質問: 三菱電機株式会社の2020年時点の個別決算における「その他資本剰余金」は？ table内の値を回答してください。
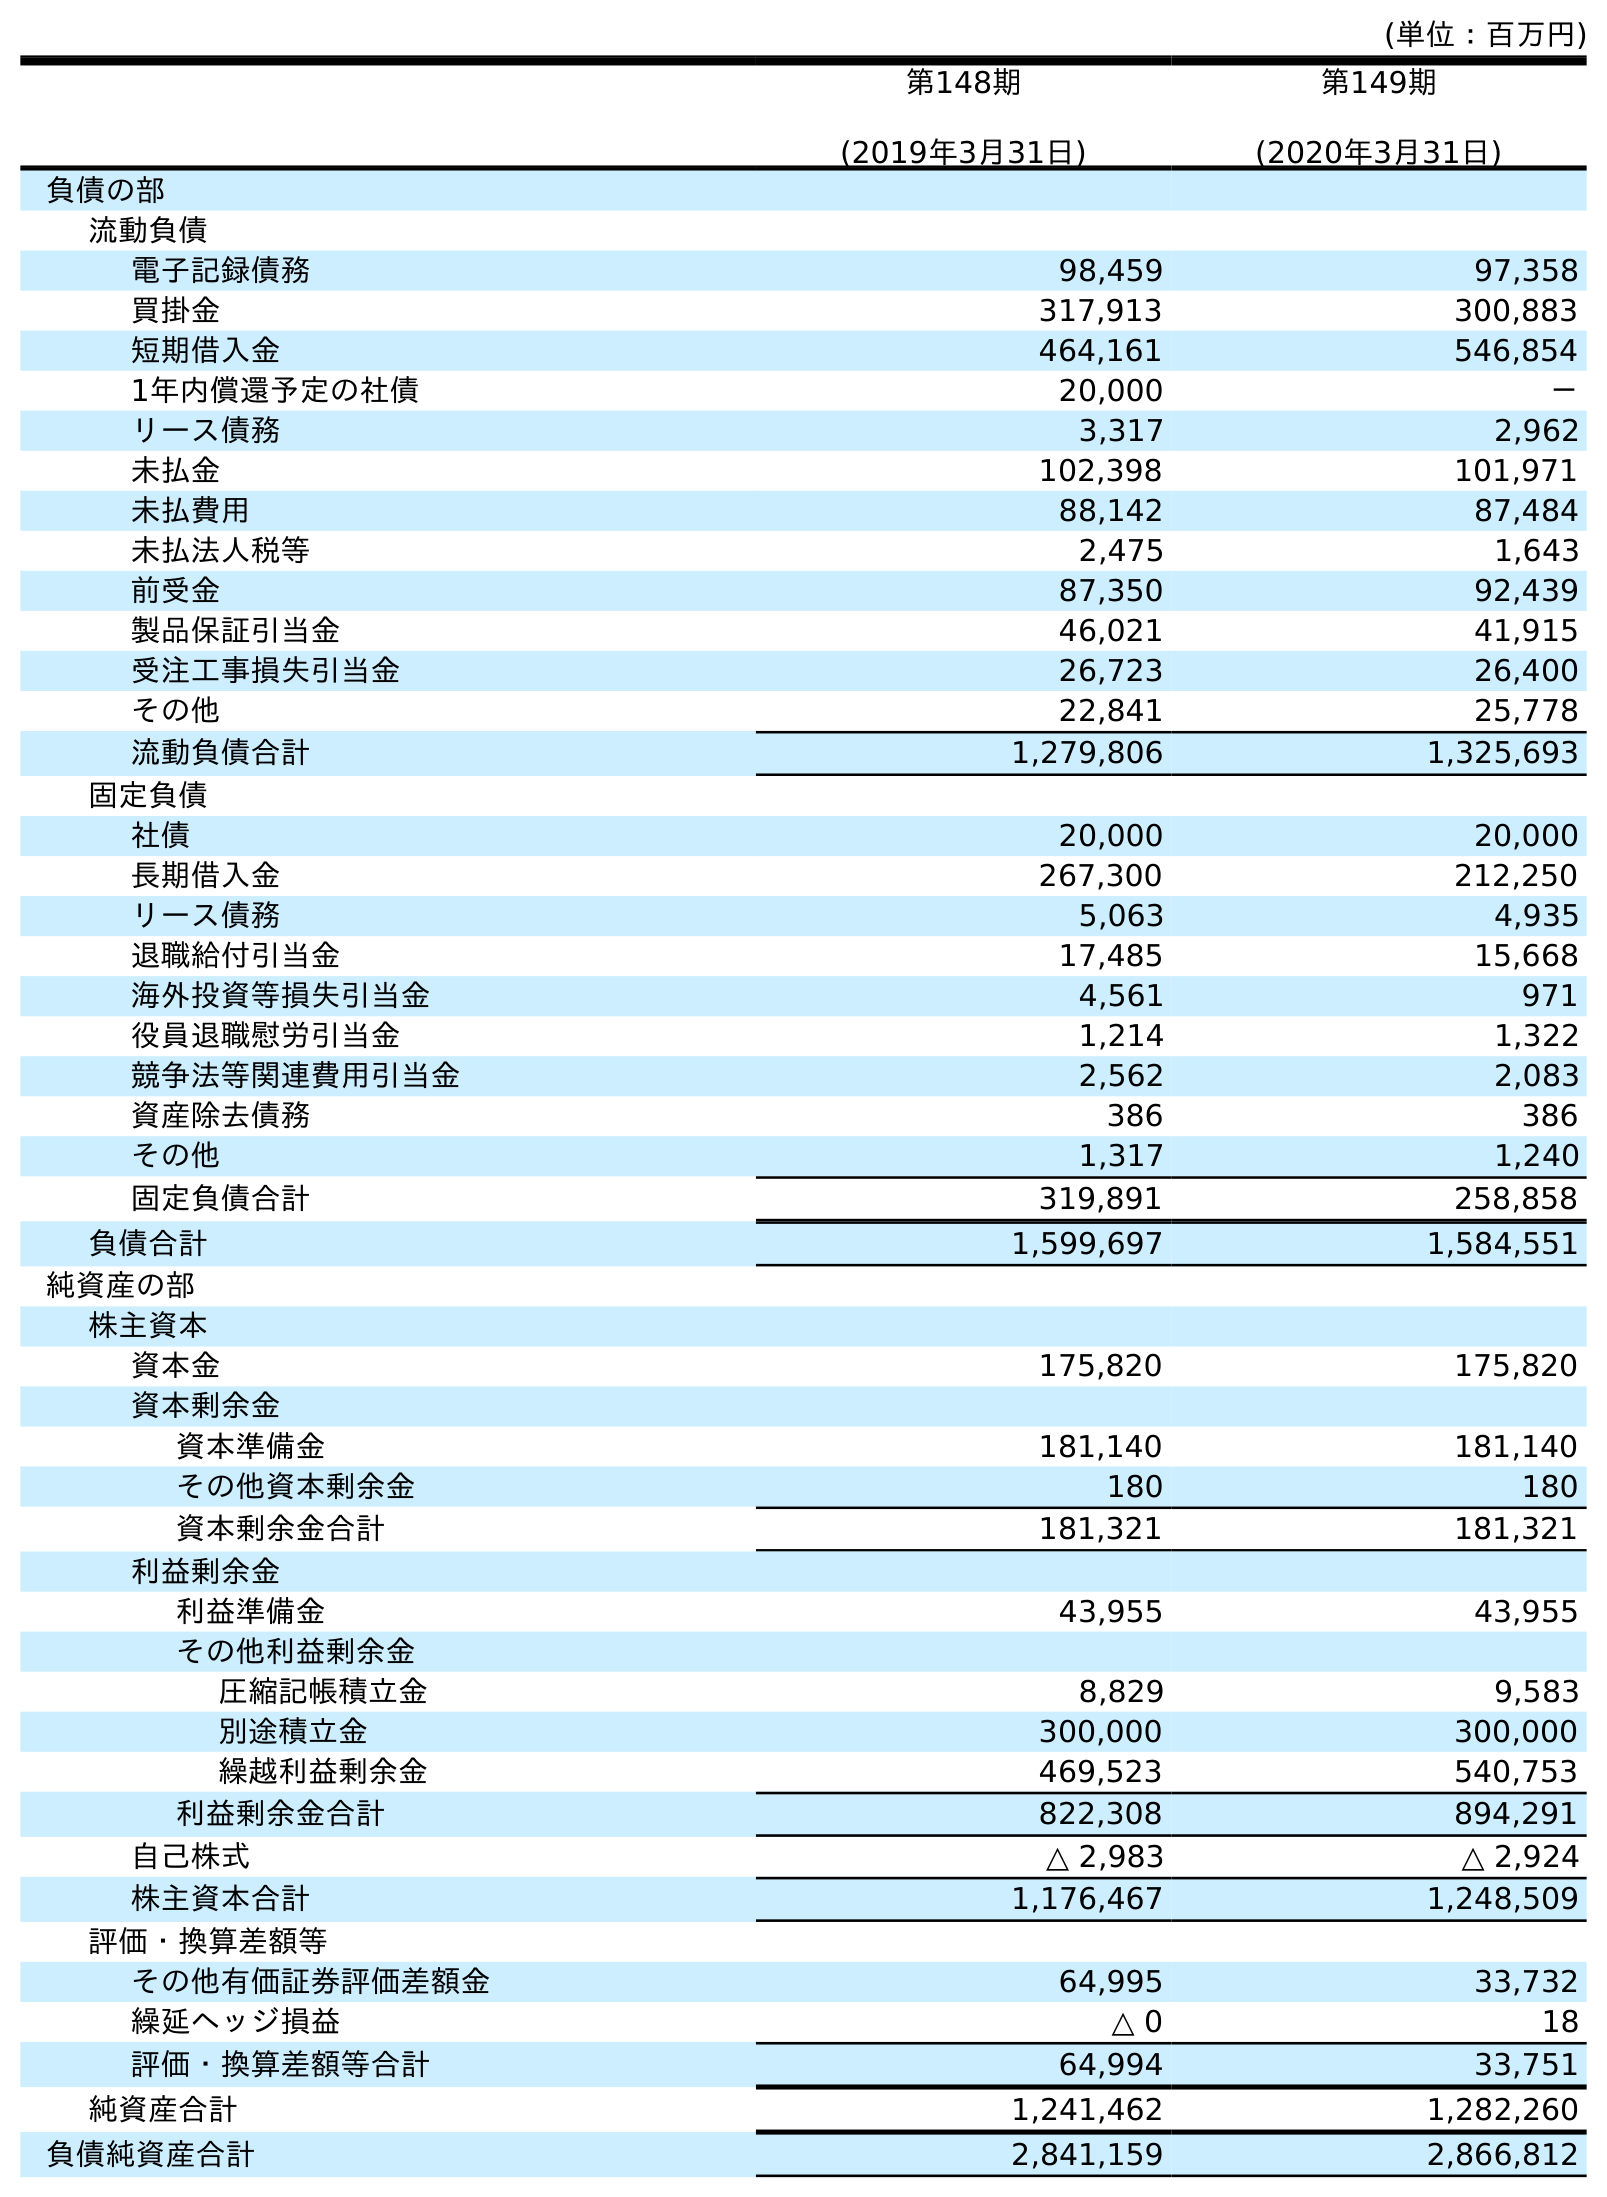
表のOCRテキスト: (単位：百万円) 第148期 (2019年3月31日) 第149期 (2020年3月31日) 負債の部 流動負債 電子記録債務 98,459 97,358 買掛金 317,913 300,883 短期借入金 464,161 546,854 1年内償還予定の社債 20,000 － リース債務 3,317 2,962 未払金 102,398 101,971 未払費用 88,142 87,484 未払法人税等 2,475 1,643 前受金 87,350 92,439 製品保証引当金 46,021 41,915 受注工事損失引当金 26,723 26,400 その他 22,841 25,778 流動負債合計 1,279,806 1,325,693 固定負債 社債 20,000 20,000 長期借入金 267,300 212,250 リース債務 5,063 4,935 退職給付引当金 17,485 15,668 海外投資等損失引当金 4,561 971 役員退職慰労引当金 1,214 1,322 競争法等関連費用引当金 2,562 2,083 資産除去債務 386 386 その他 1,317 1,240 固定負債合計 319,891 258,858 負債合計 1,599,697 1,584,551 純資産の部 株主資本 資本金 175,820 175,820 資本剰余金 資本準備金 181,140 181,140 その他資本剰余金 180 180 資本剰余金合計 181,321 181,321 利益剰余金 利益準備金 43,955 43,955 その他利益剰余金 圧縮記帳積立金 8,829 9,583 別途積立金 300,000 300,000 繰越利益剰余金 469,523 540,753 利益剰余金合計 822,308 894,291 自己株式 △ 2,983 △ 2,924 株主資本合計 1,176,467 1,248,509 評価・換算差額等 その他有価証券評価差額金 64,995 33,732 繰延ヘッジ損益 △ 0 18 評価・換算差額等合計 64,994 33,751 純資産合計 1,241,462 1,282,260 負債純資産合計 2,841,159 2,866,812
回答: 180